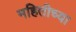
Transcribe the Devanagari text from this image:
महितीच्या